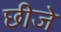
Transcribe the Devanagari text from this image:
छीजे